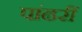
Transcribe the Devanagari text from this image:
पांढरीं